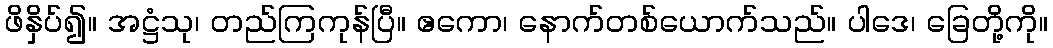
ဖိနှိပ်၍။ အဋ္ဌံသု၊ တည်ကြကုန်ပြီ။ ဧကော၊ နောက်တစ်ယောက်သည်။ ပါဒေ၊ ခြေတို့ကို။